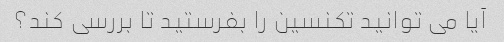
آیا می توانید تکنسین را بفرستید تا بررسی کند؟